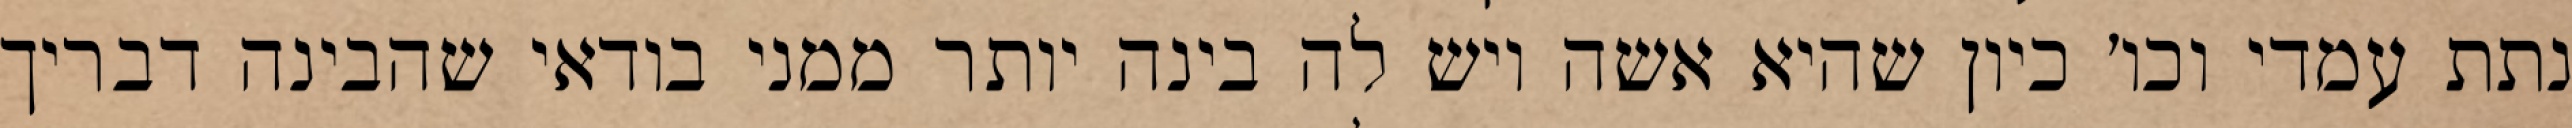
נתת עמדי וכו׳ כיון שהיא אשה ויש לה בינה יותר ממני בודאי שהבינה דבריך